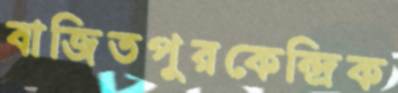
বাজিতপুরকেন্দ্রিক